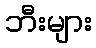
ဘီးများ